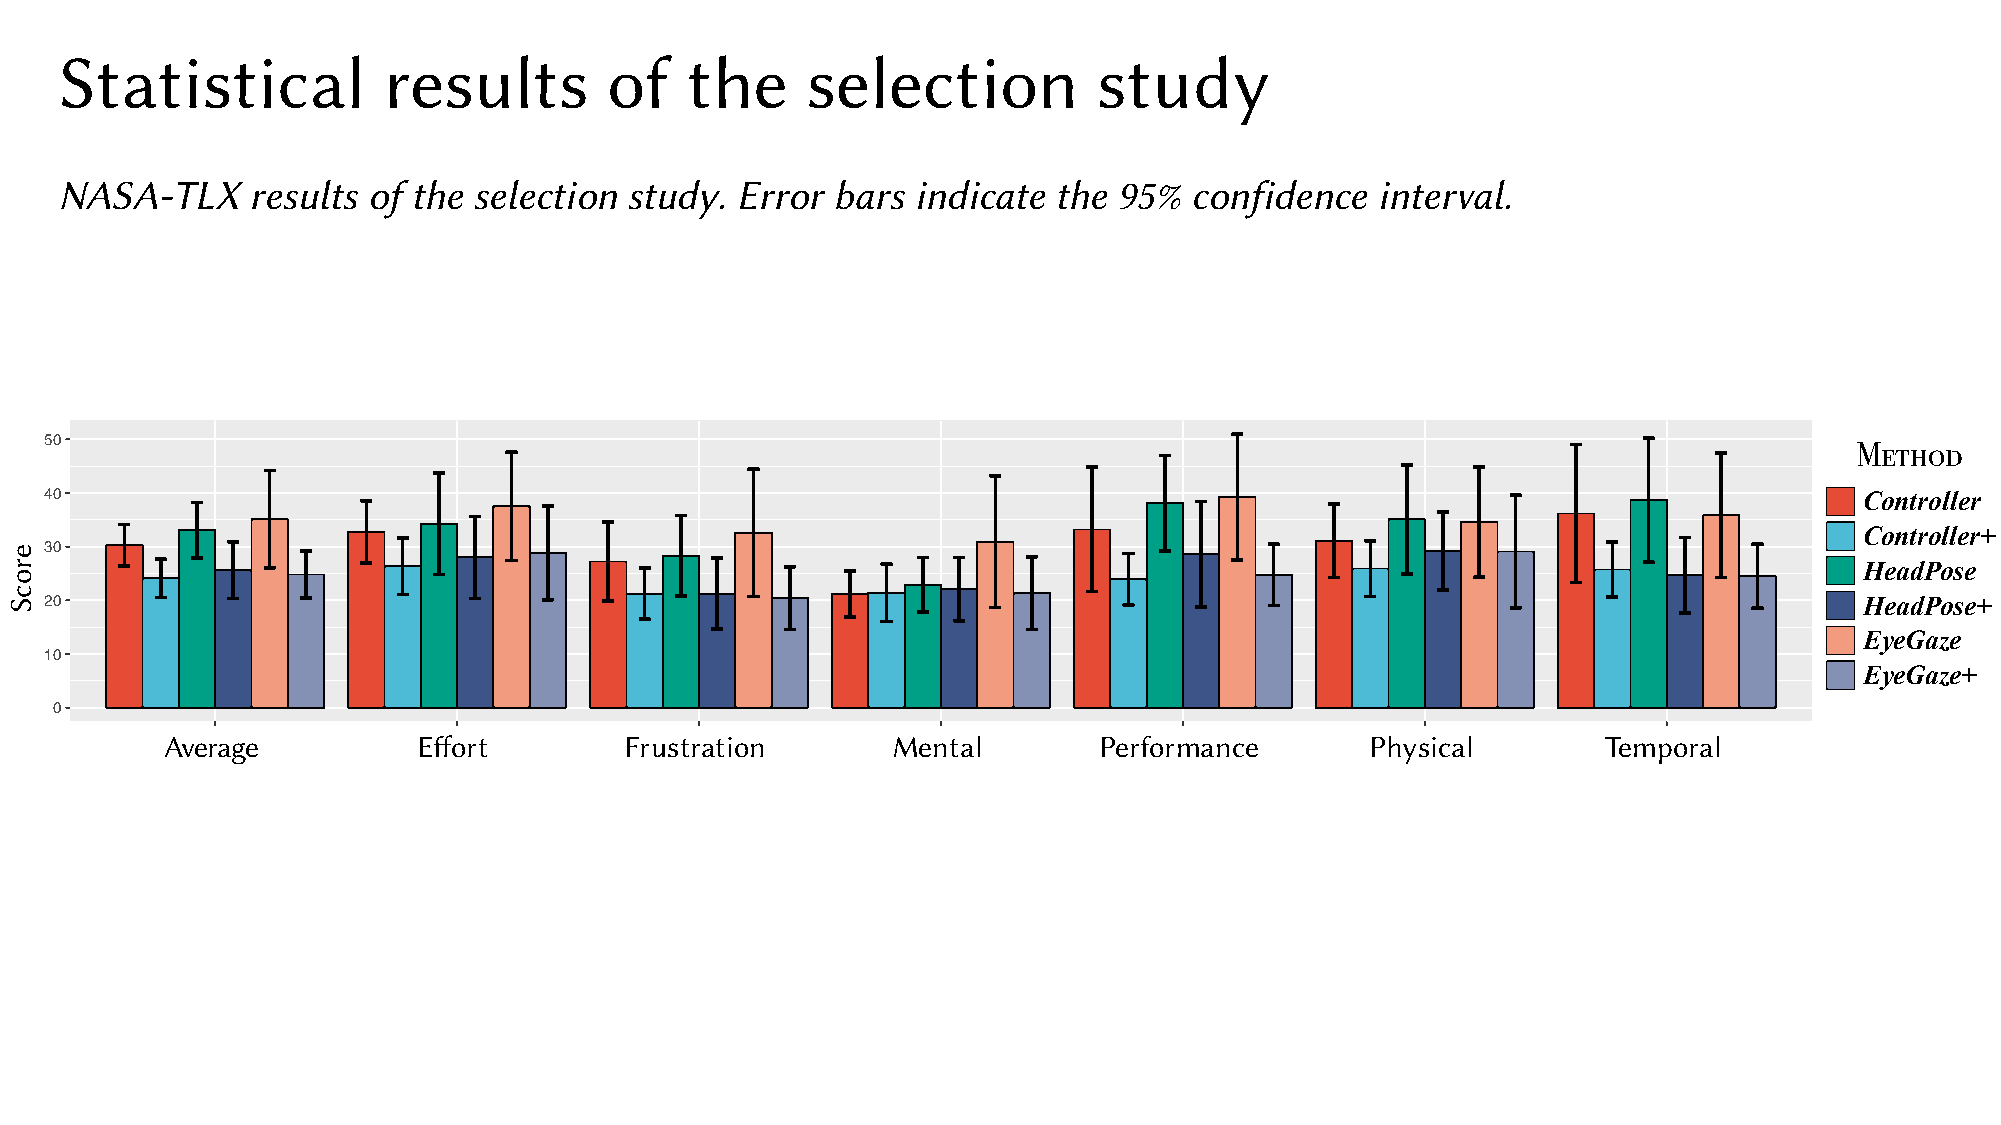
Statistical          results        of   the     selection           study
 NASA-TLX     results of the selection study. Error bars  indicate the 95%  confidence  interval.
 50
 Method
 40                                                                                                                      Controller
 Controller+
 30
 HeadPose
 20                                                                                                                      HeadPose+
 EyeGaze
 10
 EyeGaze+
 0
 Average          Effort       Frustration       Mental        Performance       Physical       Temporal
 erocS